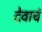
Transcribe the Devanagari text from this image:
देवाचं